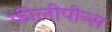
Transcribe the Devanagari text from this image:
फीलीपीन्स